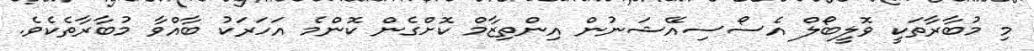
މި މުބާރާތަކީ ވޮލީބޯލް އެސޯސިއޭޝަނުން އިންތިޒާމް ކޮށްގެން ކޮންމެ އަހަރަކު ބާއްވާ މުބާރާތެކެވެ.